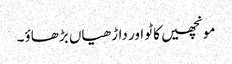
مونچھیں کاٹو اور داڑھیاں بڑھاؤ۔